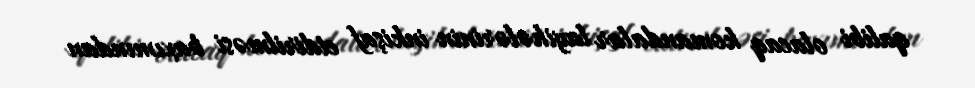
qalibi olacaq komandalar layihələrinin inkişaf etdirilməsi baxımından